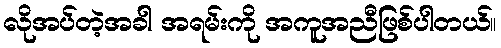
လိုအပ်တဲ့အခါ အရမ်းကို အကူအညီဖြစ်ပါတယ်။